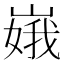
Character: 𫶏